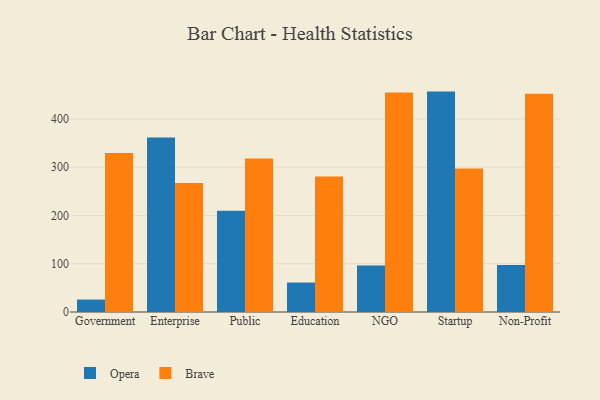
{"axis": {"x": "Segment", "y": "Conversion Rate (%)"}, "legend": ["Brave", "Opera"], "data": [{"x": "Government", "y": 25.8, "type": "Opera"}, {"x": "Government", "y": 329.8, "type": "Brave"}, {"x": "Enterprise", "y": 361.5, "type": "Opera"}, {"x": "Enterprise", "y": 267.3, "type": "Brave"}, {"x": "Public", "y": 210.0, "type": "Opera"}, {"x": "Public", "y": 317.9, "type": "Brave"}, {"x": "Education", "y": 61.1, "type": "Opera"}, {"x": "Education", "y": 280.8, "type": "Brave"}, {"x": "NGO", "y": 96.4, "type": "Opera"}, {"x": "NGO", "y": 454.7, "type": "Brave"}, {"x": "Startup", "y": 456.8, "type": "Opera"}, {"x": "Startup", "y": 297.2, "type": "Brave"}, {"x": "Non-Profit", "y": 97.2, "type": "Opera"}, {"x": "Non-Profit", "y": 452.5, "type": "Brave"}]}